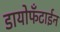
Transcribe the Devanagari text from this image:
डायोफँटाईन